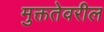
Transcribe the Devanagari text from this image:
मुक्ततेवरील